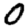
Digit: 0